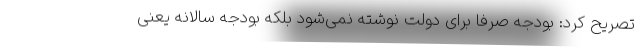
تصریح کرد: بودجه صرفا برای دولت نوشته نمی‌شود بلکه بودجه سالانه یعنی